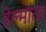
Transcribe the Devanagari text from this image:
हेल्मोत्ज़